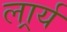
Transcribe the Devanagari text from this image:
लार्र्य